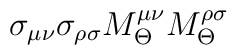
\sigma_{\mu\nu}\sigma_{\rho\sigma}M_\Theta^{\mu\nu}M_\Theta^{\rho\sigma}